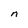
Character: n